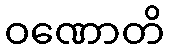
ဝဏောတိ